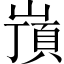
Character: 嵿